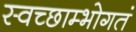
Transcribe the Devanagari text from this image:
स्वच्छाम्भोगतं